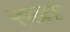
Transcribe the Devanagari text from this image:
रुब्रा